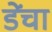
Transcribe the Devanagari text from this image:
डेंचा